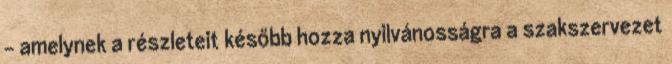
– amelynek a részleteit később hozza nyilvánosságra a szakszervezet